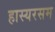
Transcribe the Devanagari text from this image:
हास्यरसम